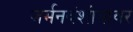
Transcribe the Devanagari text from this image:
जर्मनवंशीयांवर